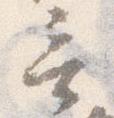
言